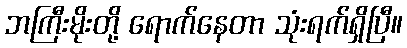
ဘကြီးမိုးတို့ ရောက်နေတာ သုံးရက်ရှိပြီ။